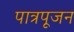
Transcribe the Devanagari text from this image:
पात्रपूजन